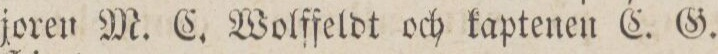
joren M. C. Wolffeldt och kaptenen C. G.